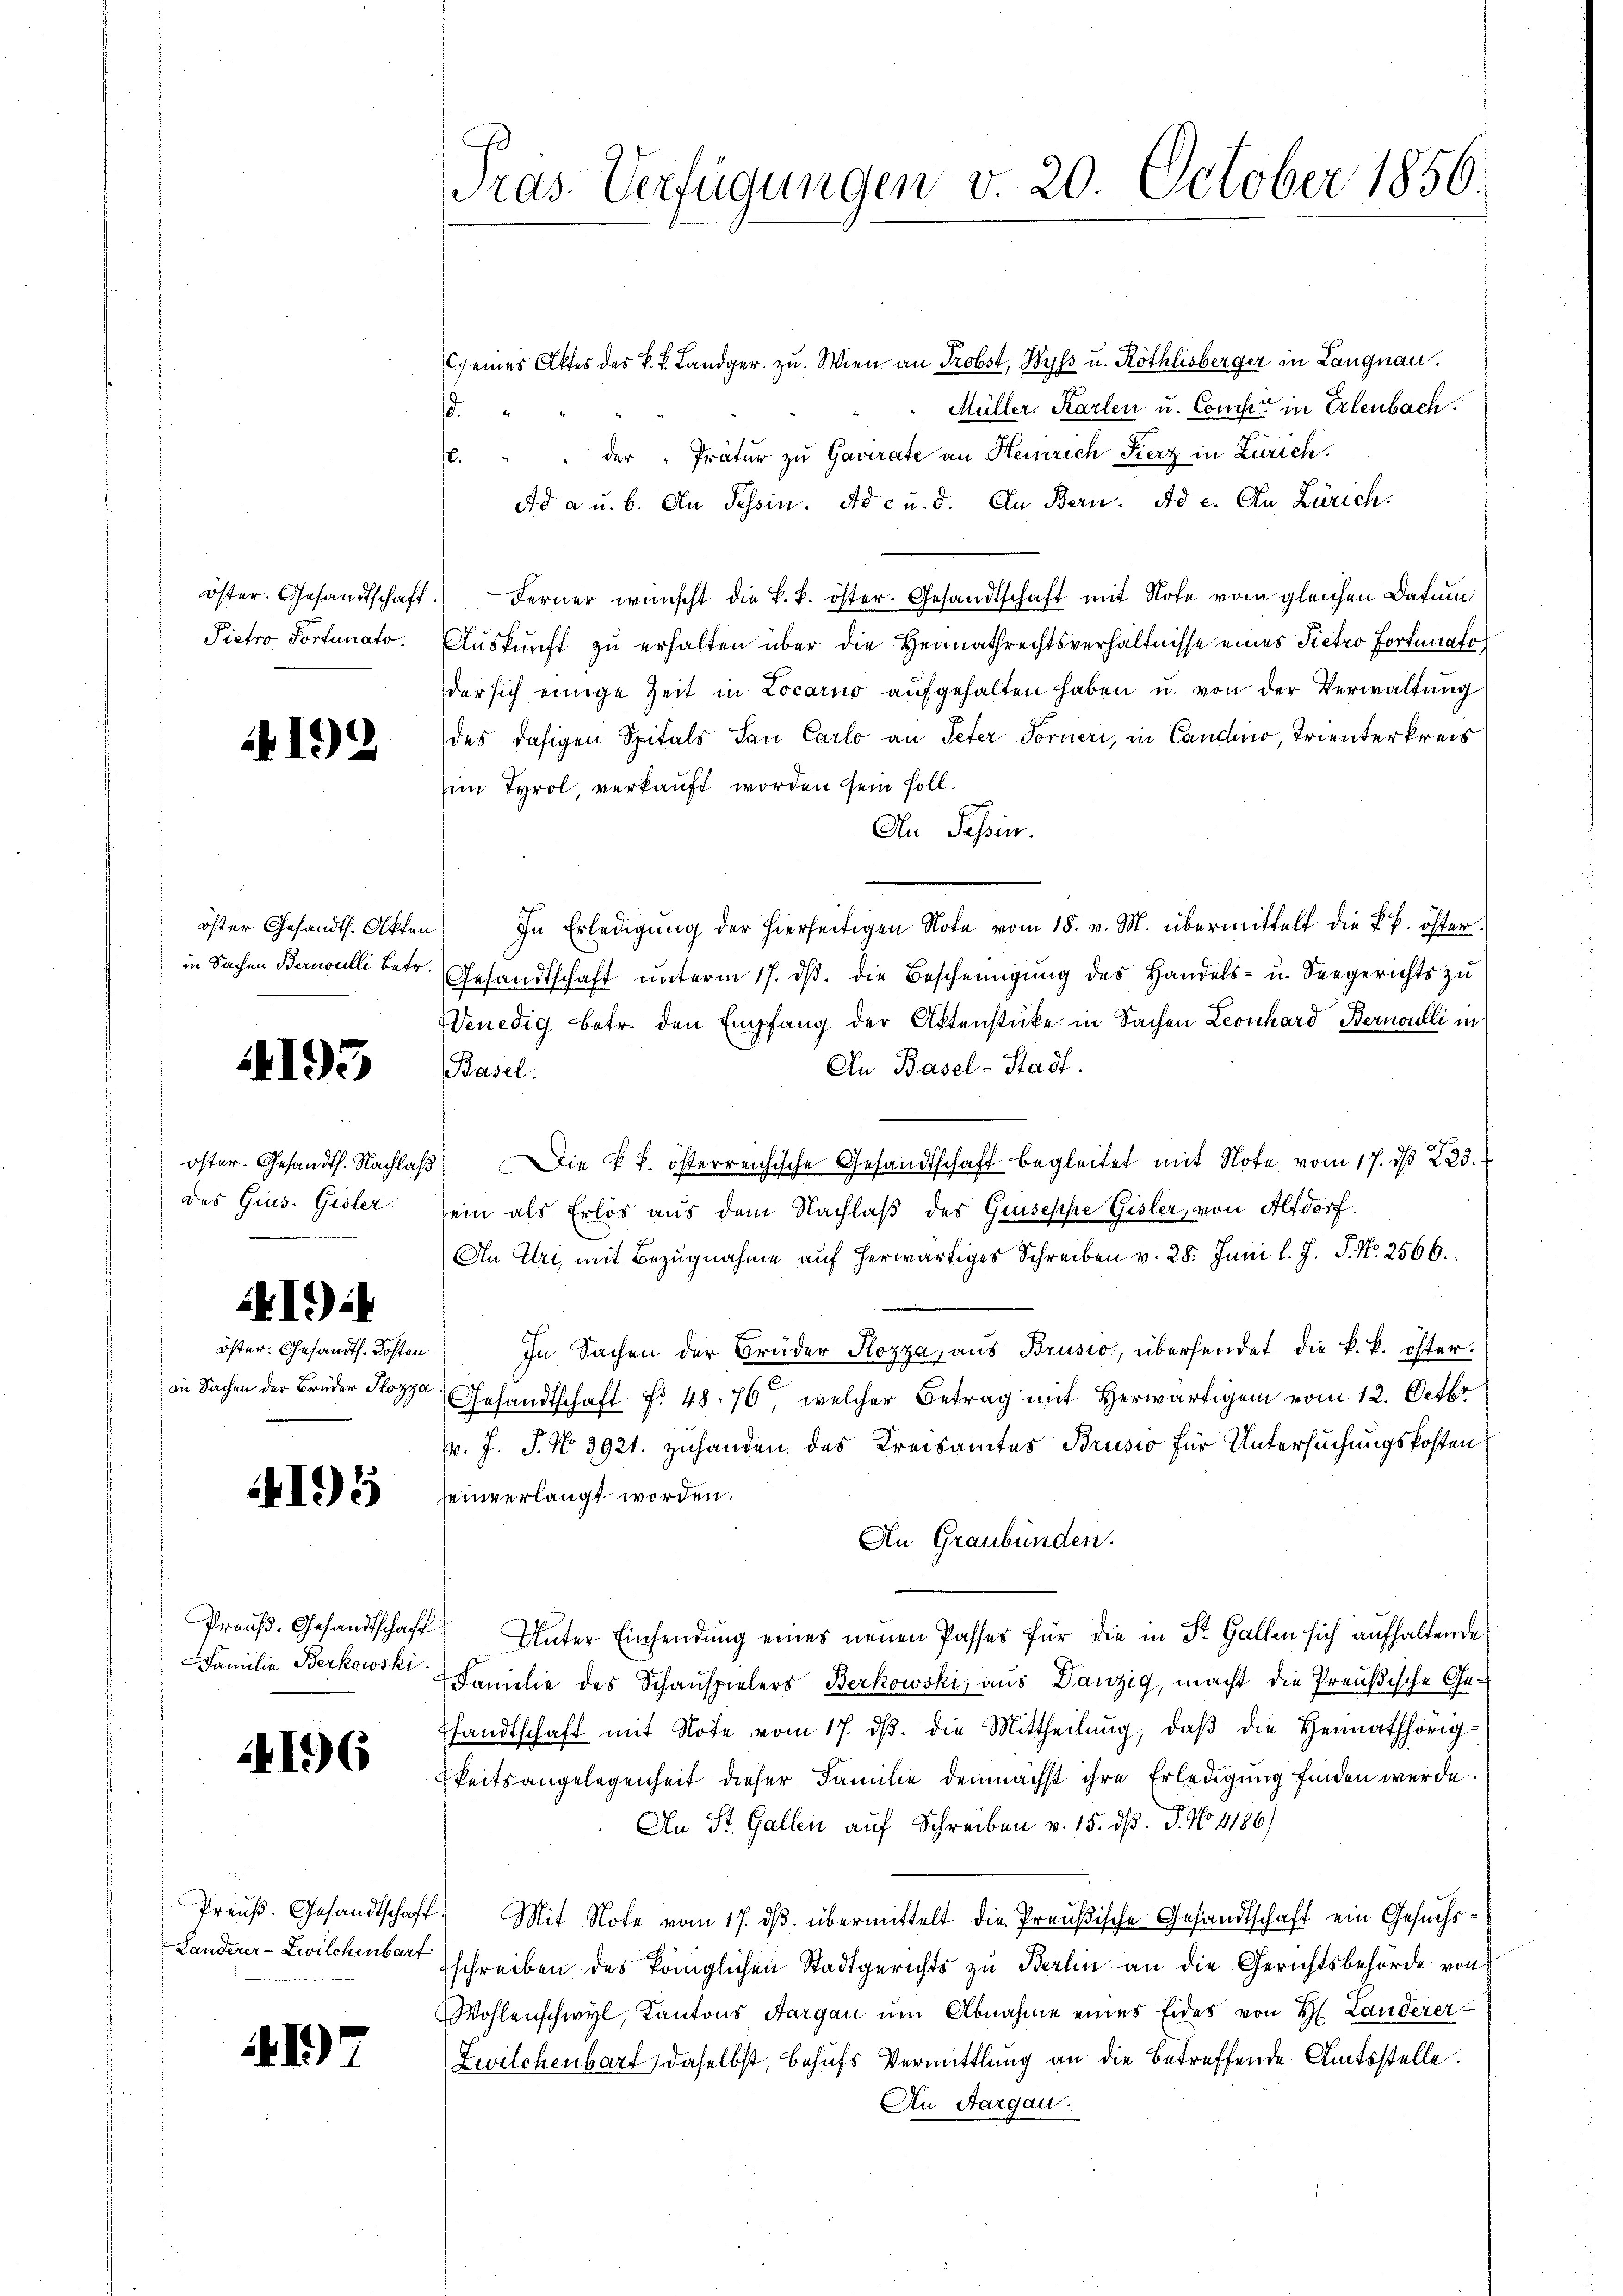
Pietro Portunato.

192

in Sachen Bernoulli betr.

193

des Gius. Gisler.

i4I) i

öster. Gesandts. Kosten
in Sachen der Brüder Pozza

4195

4196

417

Präs. Verfügungen v. 20. October 1856.

C. eines Aktes des k. k. Landger. zu. Wien an Probst, Wyss u. Röthlisberger in Langnau.
Müller. Karlen u. Comp. in Erlenbach.
.
. " " der "Pratur zu Gavirate an Heinrich Fierz in Zürich.
Ad a u. b. An Tessin. Ad c u. d. An Bern. Ad e. An Zürich.
öster. Gesandtschaft. Ferner wünscht die k. k. öster. Gesandtschaft mit Note vom gleichen Datum
Auskunft zu erhalten über die Heimathrechtsverhältnisse eines Pietro fortunatoder sich einige Zeit in Locarno aŭfgehalten haben u. von der Verwaltung
des dasigen Spitals San Carlo an Peter Forneri, in Candino, Trienterkreis
im Tyrol, verkauft worden sein soll.
An Passin.
öster Gesandth. Akten) In Erledigŭng der hierseitigen Note vom 18. v. M. übermittelt die k. k. öster.
Gesandtschaft unterm 17. dβ. die Bescheinigung des Handels- u. Seegerichts zu
Wenedig betr. den Empfang der Aktenstücke in Sachen Leonhard Bernoulli in
An Basel-Stadt.
Basel.
öster. Gesandth. Nachlaβ die k. k. österreichische Gesandtschaft begleitet mit Note vom 17. dβ 223.
sein als Erlös aus dem Nachlaß des Griseppe Gisler, von Altdorf.
An Uri, mit Bezugnahme auf herwärtiges Schreiben v. 28. Juni l. J. P. Nr. 2566.
In Sachen der Brüder Kozza, aus Brusio, übersendet die k. k. öster-
Gesandtschaft f. 48. 70, welcher Betrag mit Herwärtigen vom 12. Octbr.
v. J. J. No 3921. zuhanden das Kreisamtes Brusio für Untersuchungskosten
seinverlangt worden.
An Graubünden.
Preuß. Gesandtschaft Unter Einsendung eines neuen Passes für die in St. Gallen sich aufhaltende
Familie Berkowski Familie des Schauspielers Berkowski, aus Danzig, macht die Preußische Gefandtschaft mit Note vom 17. dβ. die Mittheilung, daβ die Heimathörig-
keitsangelegenheit dieser Familie demnächst ihre Erledigung finden werde.
An St. Gallen auf Schreiben v. 15. d. J. No 1186)
Preŭβ. Gesandtschaft. Mit Note vom 17. dβ übermittelt die Preußische Gesandtschaft ein Gesuchs¬
Landerer-Zwilchenbart schreiben des königlichen Stadtgerichts zu Berlin an die Gerichtsbehörde von
Wohlenschwyl, Kantons Aargau um Abnahme eines Eides von H. Landerer
Zwilchenbart, daselbst, behufs Vermittlung an die betreffende Amtsstelle.
An Aargau.